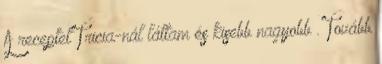
A receptet Tricia-nál láttam és kisebb nagyobb . Tovább